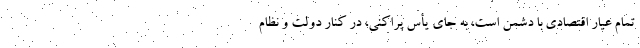
تمام عیار اقتصادی با دشمن است، به جای یأس پراکنی، در کنار دولت و نظام